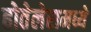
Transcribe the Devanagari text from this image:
होतेलेरामध्ये